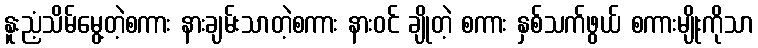
နူးညံ့သိမ်မွေ့တဲ့စကား နားချမ်းသာတဲ့စကား နားဝင် ချိုတဲ့ စကား နှစ်သက်ဖွယ် စကားမျိုးကိုသာ